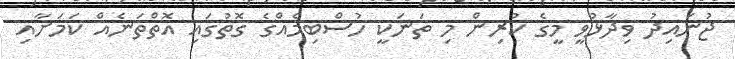
ޖުނައިދު ވިދާޅުވީ މީގެ ކުރިން މި ތަނަކީ ހުސްބިމެއްގެ ގޮތުގައި އޮތްތަނެއް ކަމަށާއި